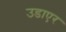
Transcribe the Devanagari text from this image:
उडाएर